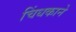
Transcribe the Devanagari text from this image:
चिंधकाने